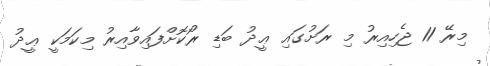
މިރޭ 11 ޖެހިއިރު މި ރަށުގައި ޢީދު ބަޑި ރޯކޮށްފައިވާއިރު މިކަމަކީ ޢީދު